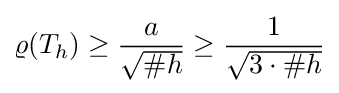
\varrho (T_{h})\geq {\frac {a}{\sqrt {\#h}}}\geq {\frac {1}{\sqrt {3\cdot \#h}}}